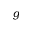
g